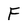
Character: F